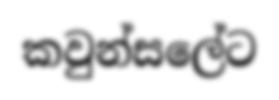
කවුන්සලේට